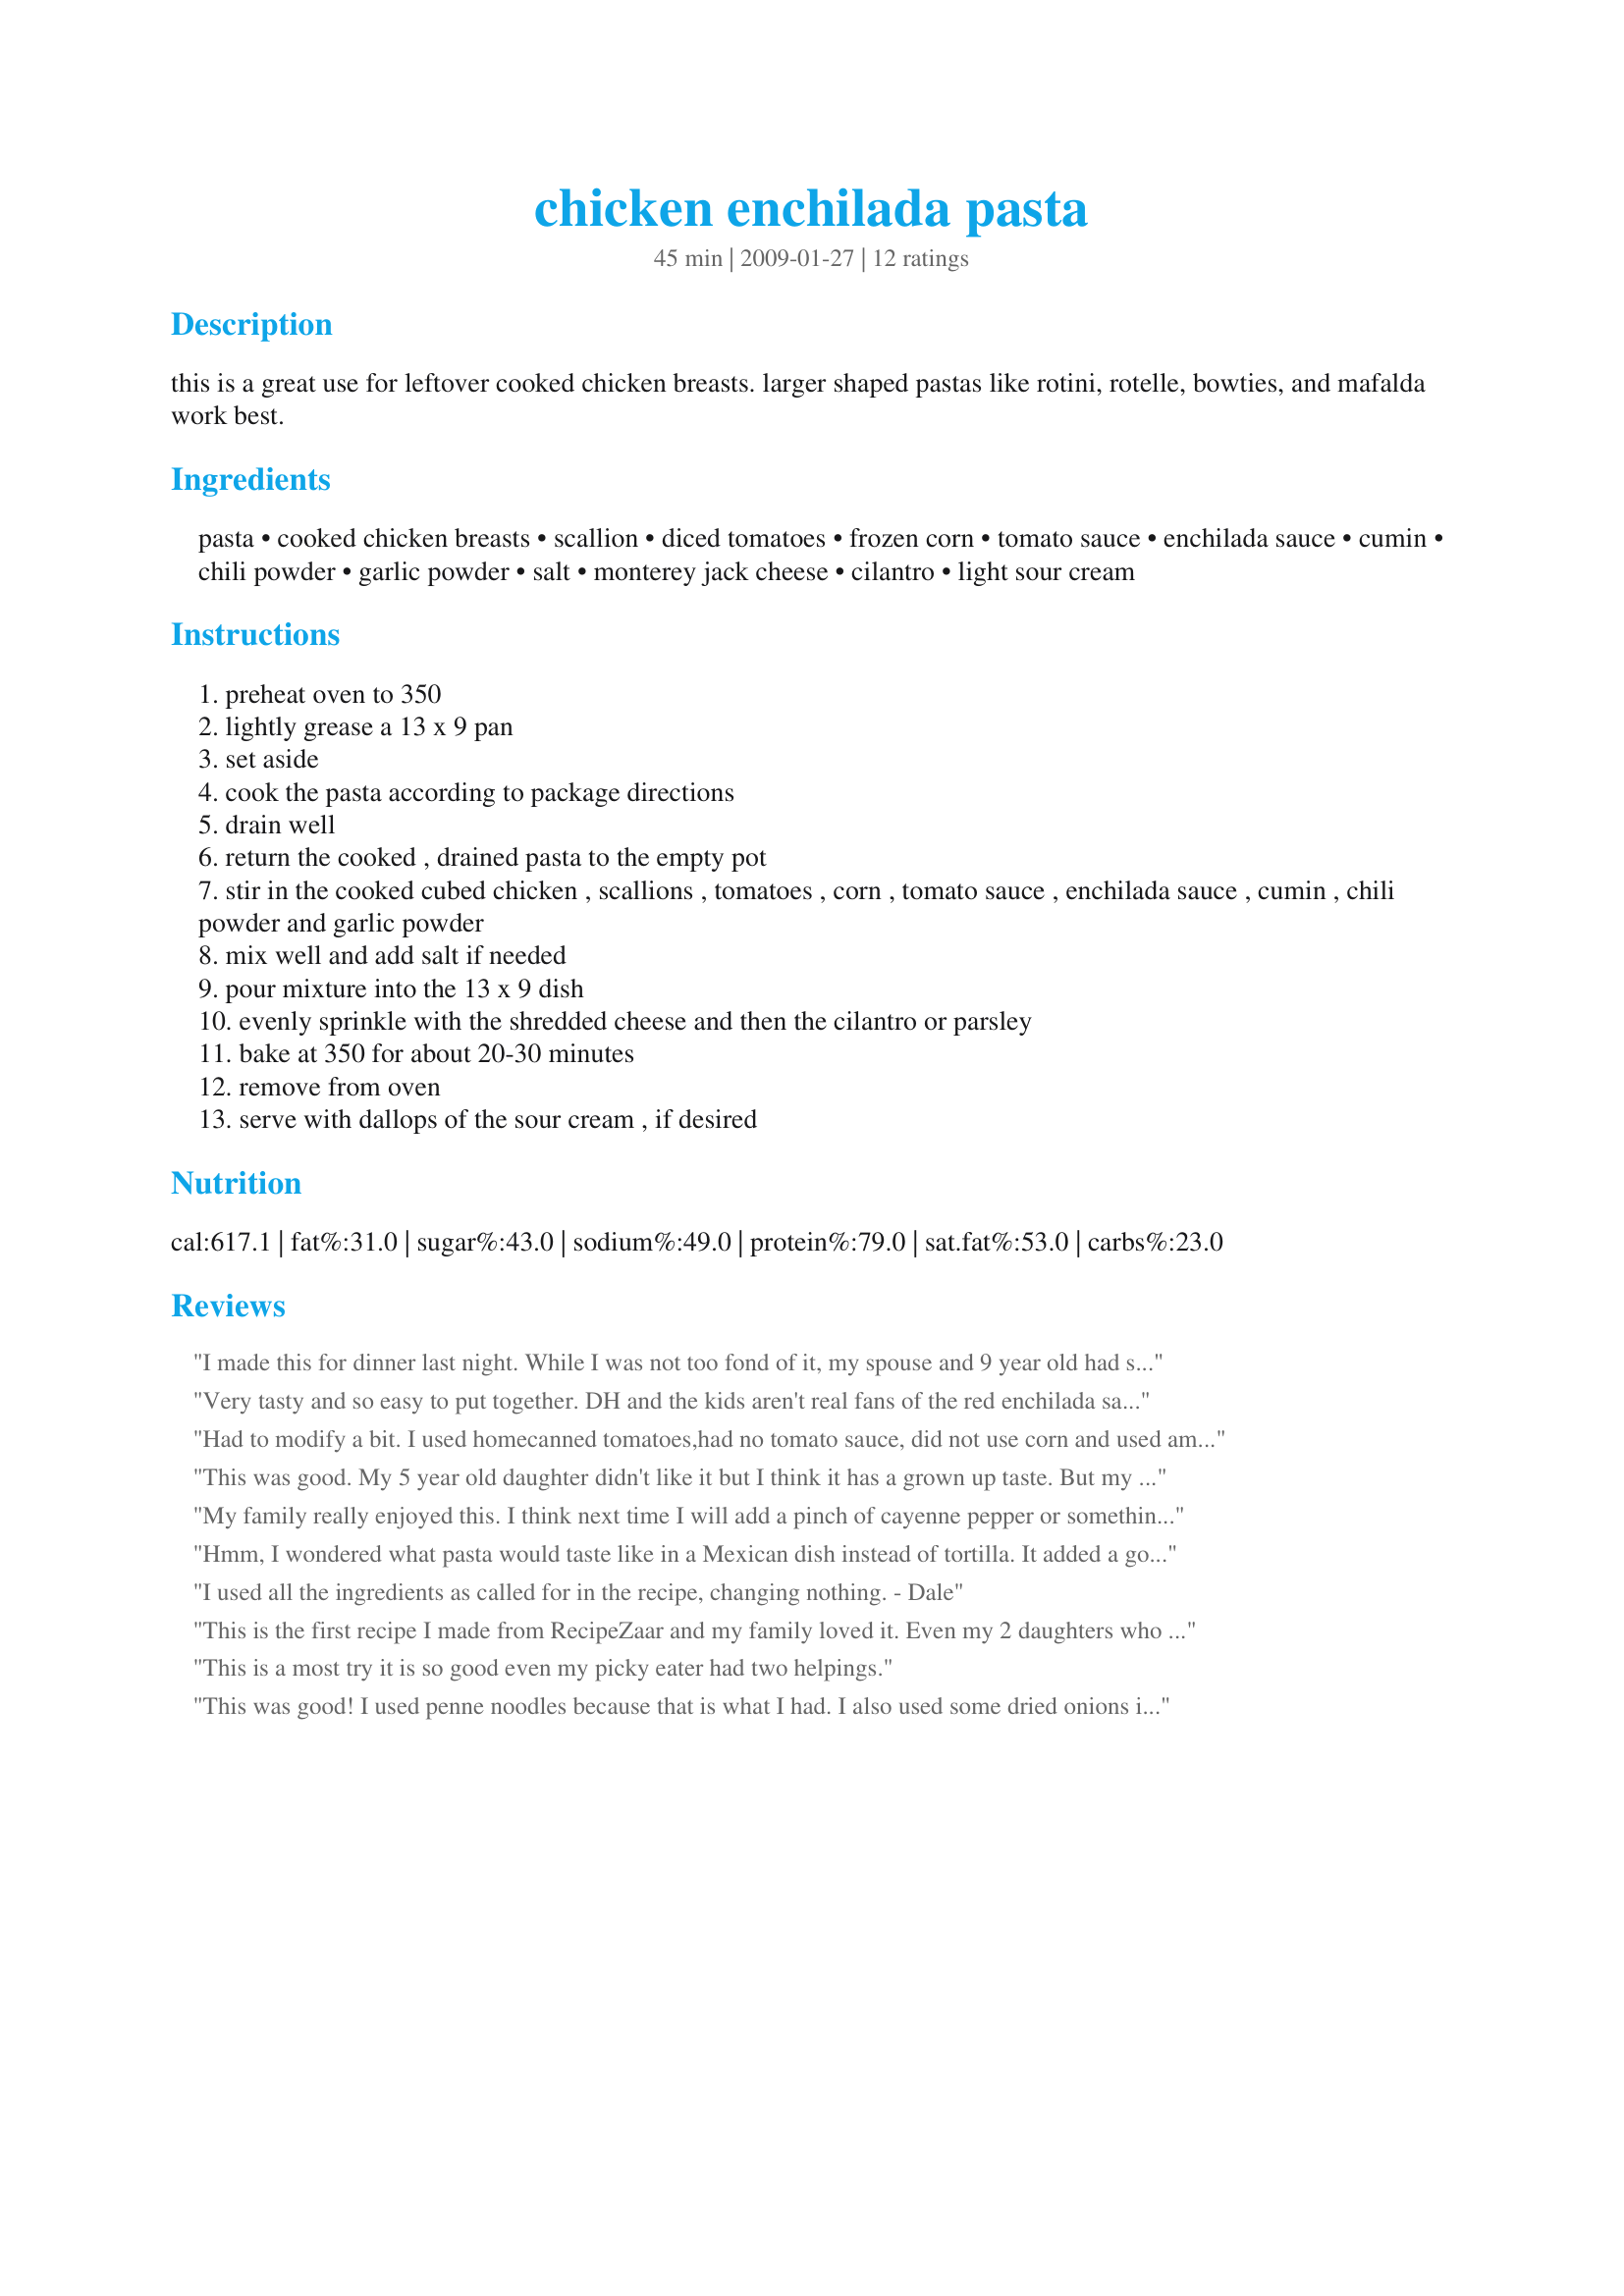
chicken enchilada pasta
Preparation time: 45 minutes

this is a great use for leftover cooked chicken breasts. larger shaped pastas like rotini, rotelle, bowties, and mafalda work best.

Ingredients:
pasta, cooked chicken breasts, scallion, diced tomatoes, frozen corn, tomato sauce, enchilada sauce, cumin, chili powder, garlic powder, salt, monterey jack cheese, cilantro, light sour cream

Steps:
preheat oven to 350
lightly grease a 13 x 9 pan
set aside
cook the pasta according to package directions
drain well
return the cooked , drained pasta to the empty pot
stir in the cooked cubed chicken , scallions , tomatoes , corn , tomato sauce , enchilada sauce , cumin , chili powder and garlic powder
mix well and add salt if needed
pour mixture into the 13 x 9 dish
evenly sprinkle with the shredded cheese and then the cilantro or parsley
bake at 350 for about 20-30 minutes
remove from oven
serve with dallops of the sour cream , if desired

Reviews:
I made this for dinner last night. While I was not too fond of it, my spouse and 9 year old had seconds. I would make it again if they asked.
Very tasty and so easy to put together. DH and the kids aren't real fans of the red enchilada sauce, so I am going to try this again with green enchilada sauce. We used a Mexican blend of cheeses, 2 tsps of cumin, and used diced tomatoes with green chiles. This is a very good throw together fast meal, and a great way to use up leftovers. Thanks for sharing! Made for ZWT5.
Had to modify a bit. I used homecanned tomatoes,had no tomato sauce, did not use corn and used amish noodles. Everyone in the family fell in love with this dish. It is rare that everyone raves so totally about a dish. Will make often!
This was good. My 5 year old daughter didn't like it but I think it has a grown up taste. But my husband said it kinda tasty like chiliquilies. It does taste just like enchilidas but smoother cause of the pasta. I used green enchiliada sauce, bow ties, and added a little bit of cheese and sour cream to the pot. Next time I will cover it and add a lot more cheese to the pot. I would make this again.............
My family really enjoyed this. I think next time I will add a pinch of cayenne pepper or something to add a little zing to it.
Hmm, I wondered what pasta would taste like in a Mexican dish instead of tortilla. It added a good smoothness and consistency. I used the 3 tsps cumin. My husband likes spice, so I also added a small can of diced jalepeno chilis. The result was great tang on top of the cumin flavor. Thanks for the recipe. I'll make it again
I used all the ingredients as called for in the recipe, changing nothing. - Dale
This is the first recipe I made from RecipeZaar and my family loved it. Even my 2 daughters who NEVER agree on anything, liked it. The only change we made was add more corn.
This is a most try it is so good even my picky eater had two helpings.
This was good! I used penne noodles because that is what I had. I also used some dried onions instead of the scallion. I forgot to serve it with sour cream, but it was great without it. My 17 month old loved it! Thanks!
This smells so good while it is in the oven and the cheese is melting! I made this exactly as posted, no changes. I used bowtie pasta and diced, cooked chicken breasts. Made for Going to the Market tag!
Made this as stated but without chicken. I really liked it because it was easy and it was pretty tasty too. May make this again in a pinch thanks for sharing!
